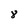
Character: 8